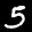
Digit: 5